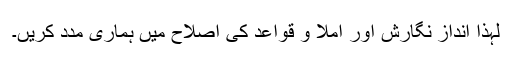
لہذا انداز نگارش اور املا و قواعد کی اصلاح میں ہماری مدد کریں۔